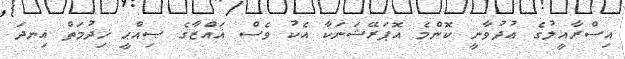
އިސްރާއީލުގެ ޢުދުވާނީ ކޮންމެ އޮޕަރޭޝަނަކާ އެކު ވެސް ޣައްޒާގެ ޞިއްޙީ ޚިދުމަތް އިނދަ